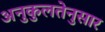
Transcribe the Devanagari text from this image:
अनुकुलतेनुसार